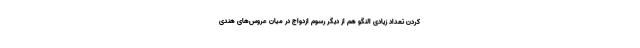
کردن تعداد زیادی النگو هم از دیگر رسوم ازدواج در میان عروس‌های هندی